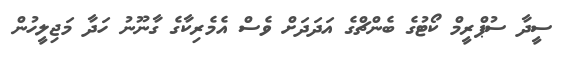
ސީދާ ސުޕްރީމް ކޯޓުގެ ބެންޗްގެ އަދަދަށް ވެސް އެމެރިކާގެ ގާނޫނު ހަދާ މަޖިލީހުން